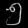
Digit: ၅